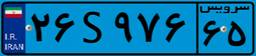
۲۶S۹۷۶۶۵